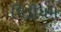
મિડીયમ